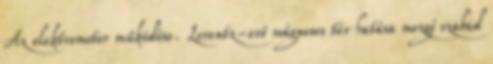
Az elektromotor működése. Lorentz-erő mágneses tér hatása mozgó szabad